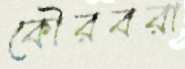
কৌরবরা